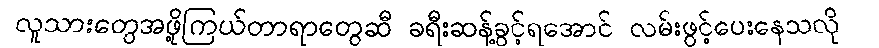
လူသားတွေအဖို့ကြယ်တာရာတွေဆီ ခရီးဆန့်ခွင့်ရအောင် လမ်းဖွင့်ပေးနေသလို